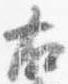
右